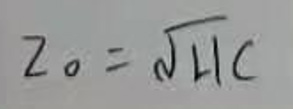
\[
Z_0 = \sqrt{\frac{L}{C}}
\]